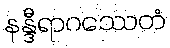
နန္ဒီရာဂဿေတံ